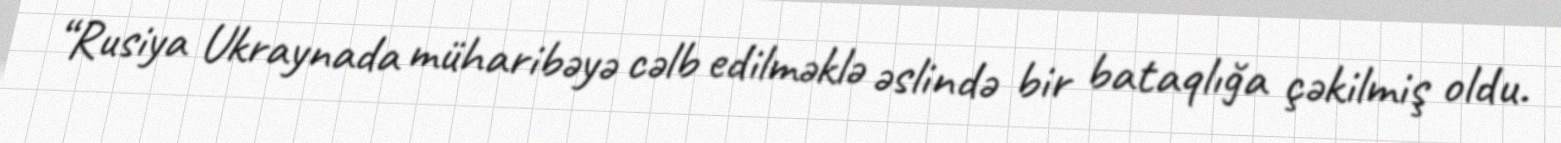
“Rusiya Ukraynada müharibəyə cəlb edilməklə əslində bir bataqlığa çəkilmiş oldu.